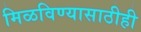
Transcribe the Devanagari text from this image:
मिळविण्यासाठीही